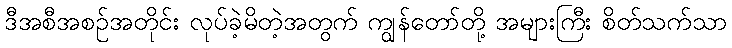
ဒီအစီအစဉ်အတိုင်း လုပ်ခဲ့မိတဲ့အတွက် ကျွန်တော်တို့ အများကြီး စိတ်သက်သာ